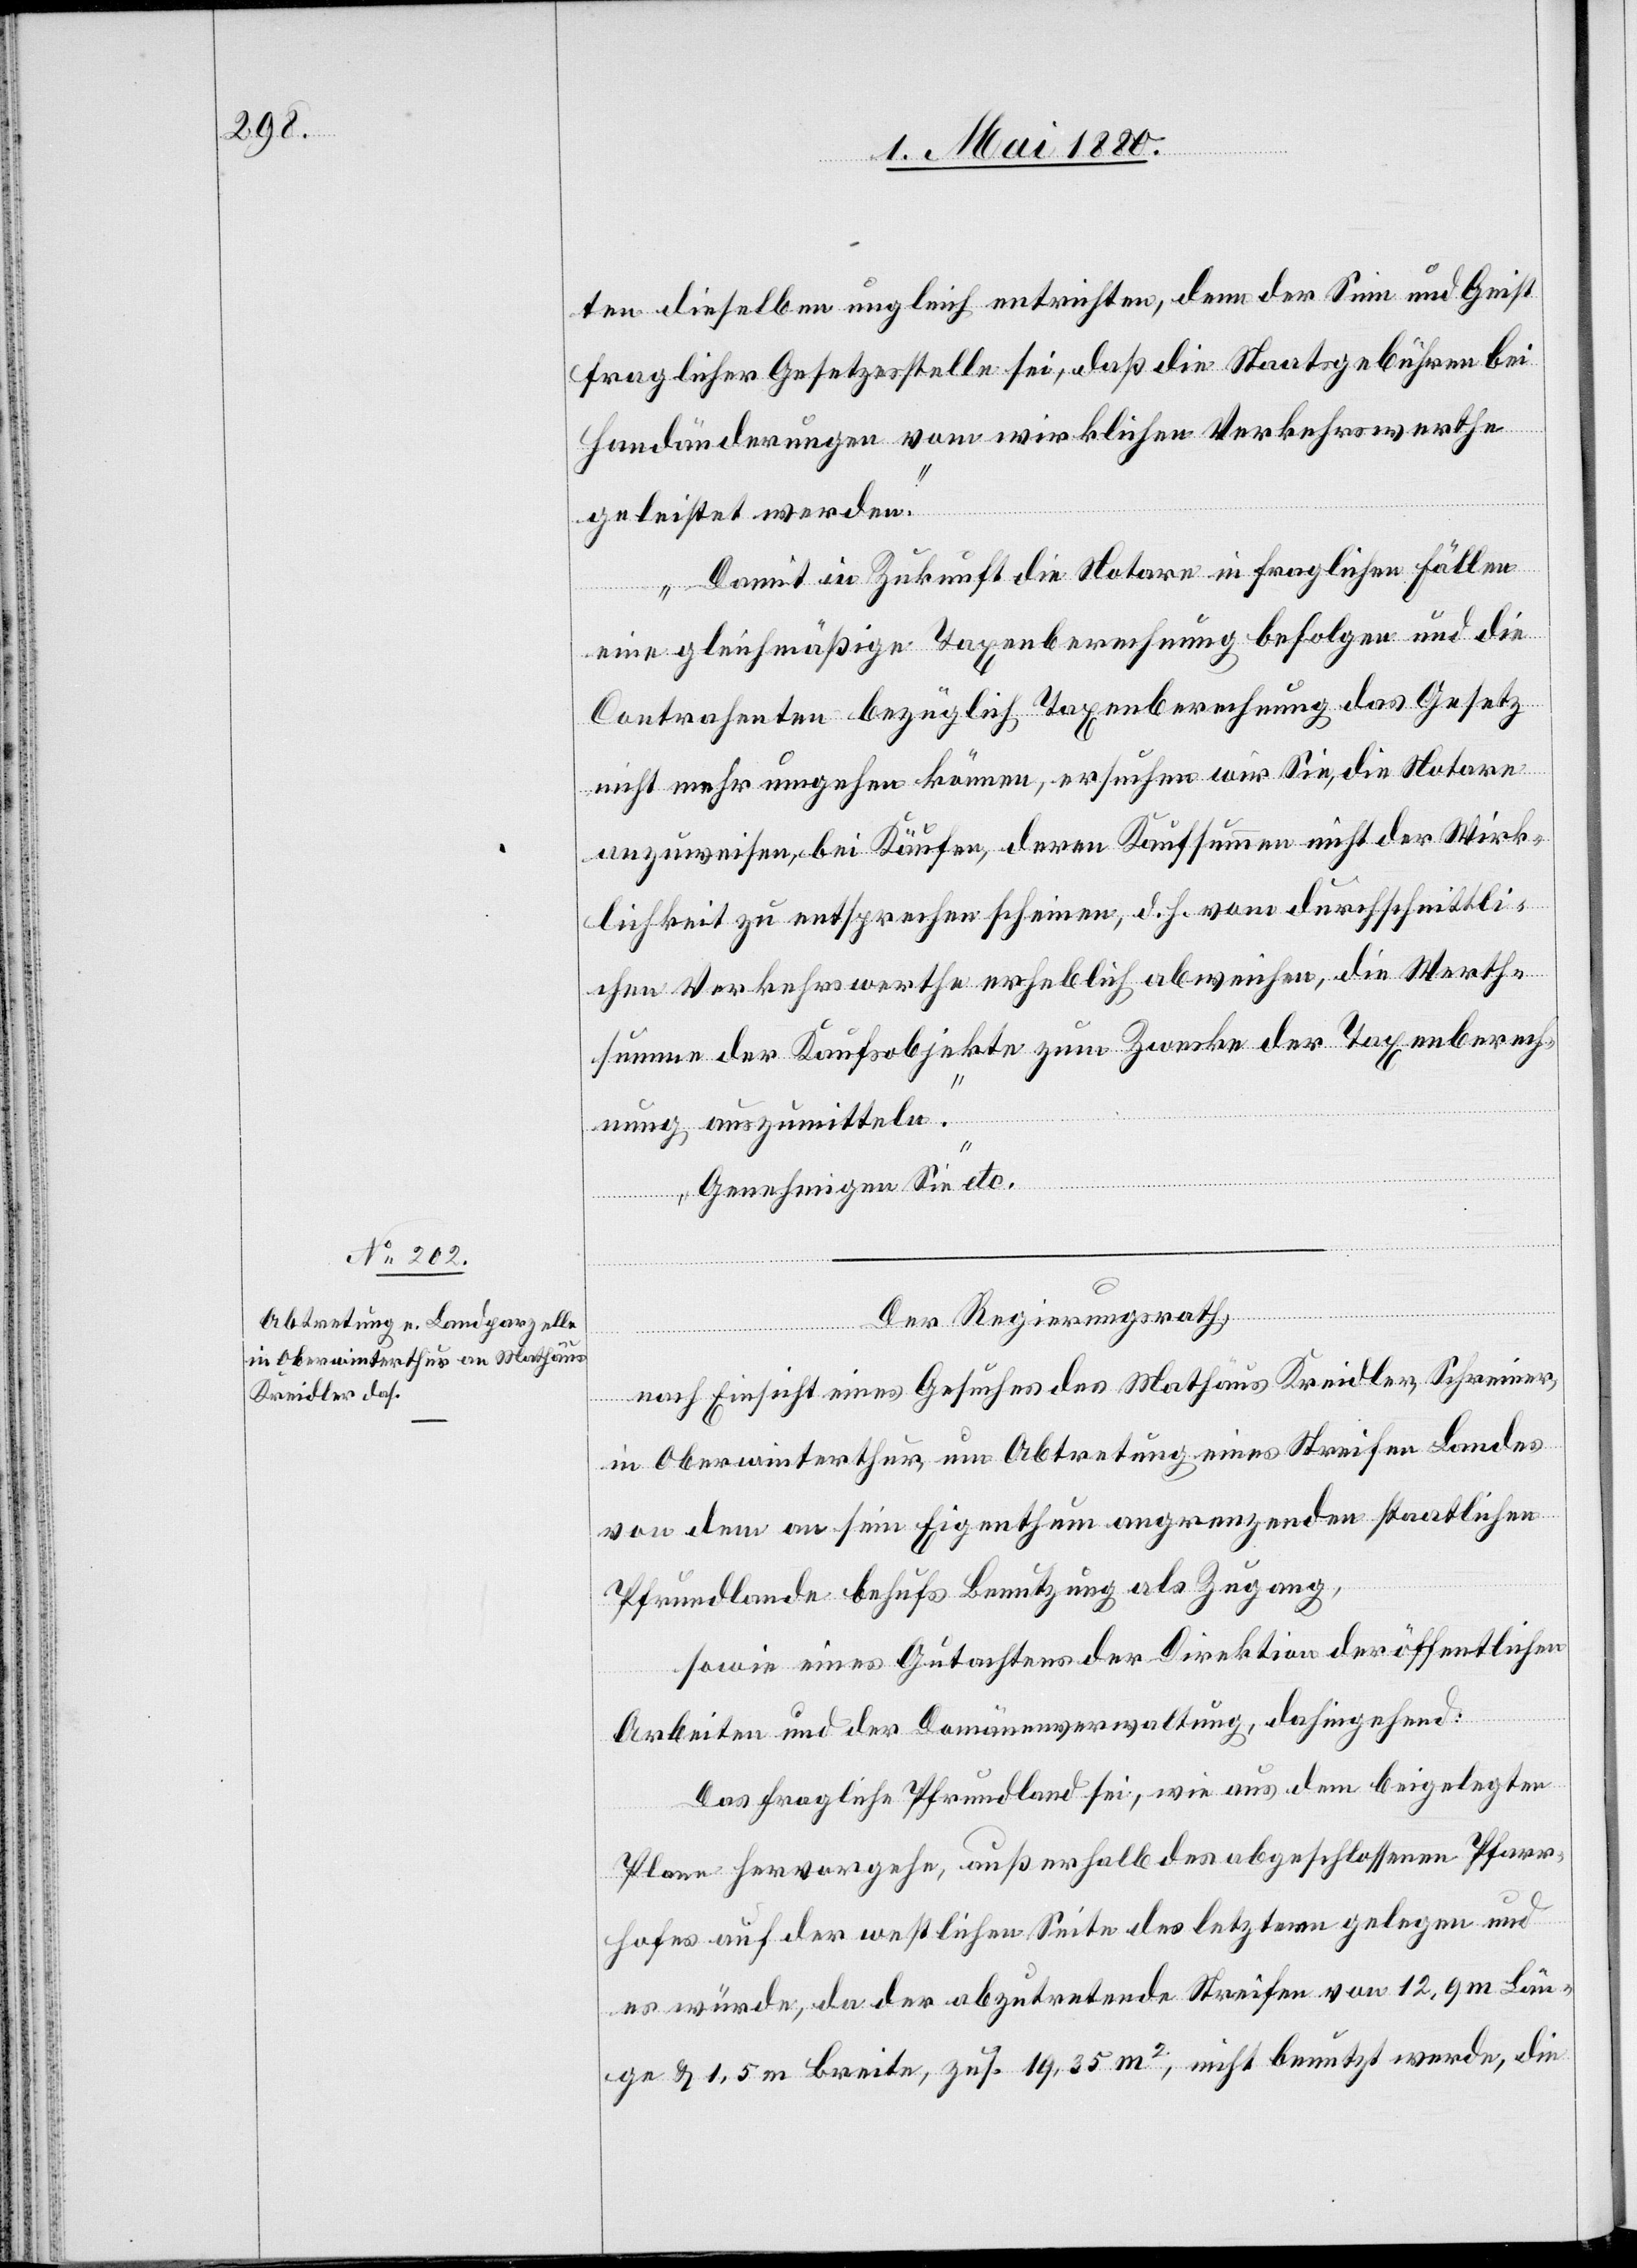
ten dieselben ungleich entrichten, denn der Sinn und Geist
fraglicher Gesetzesstelle sei, daß die Staatsgebühren bei
Handänderungen vom wirklichen Verkehrswerthe
geleistet werden.
Damit in Zukunft die Notare in fraglichen Fällen
eine gleichmäßige Taxenberechnung befolgen und die
Contrahenten bezüglich Taxenberechnung das Gesetz
nicht mehr umgehen können, ersuchen wir Sie, die Notare
anzuweisen, bei Käufen, deren Kaufsumme nicht der Wirk¬
lichkeit zu entsprechen scheinen, d. h. vom durchschnittli¬
chen Verkehrswerthe erheblich abweichen, die Werth¬
summe der Kaufsobjekte zum Zwecke der Taxenberech¬
nung auszumitteln.
Genehmigen Sie“ etc.
Der Regierungsrath,
nach Einsicht eines Gesuches des Mathäus Kreidler, Schreiner,
in Oberwinterthur, um Abtretung eines Streifen Landes
von dem an sein Eigenthum angrenzenden staatlichen
Pfrundlande behufs Benutzung als Zugang,
sowie eines Gutachtens der Direktion der öffentlichen
Arbeiten und der Domänenverwaltung, dahingehend:
Das fragliche Pfrundland sei, wie aus dem beigelegten
Plane hervorgehe, außerhalb des abgeschlossenen Pfarr¬
hofes auf der westlichen Seite des letztern gelegen und
es würde, da der abzutretende Streifen von 12,9 m Län¬
ge & 1,5 m Breite, zus. 19,35 m2, nicht benutzt werde, die